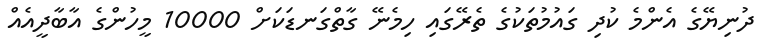
ދުނިޔޭގެ އެންމެ ކުދި ގައުމުތަކުގެ ތެރޭގައި ހިމެނޭ ގާތްގަނޑަކަށް 10000 މީހުންގެ އާބާދީއެއް